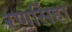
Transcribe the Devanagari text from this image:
रणसिंहा